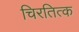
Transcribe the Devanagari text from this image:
चिरतित्क